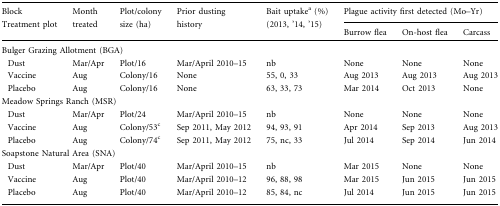
<table><thead><tr><td rowspan="2"><b>BlockTreatment plot</b></td><td rowspan="2"><b>Month treated</b></td><td rowspan="2"><b>Plot/colony size (ha)</b></td><td rowspan="2"><b>Prior dusting history</b></td><td rowspan="2"><b>Bait uptake<sup>a</sup> (%) (2013, ’14, ’15)</b></td><td colspan="3"><b>Plague activity first detected (Mo–Yr)</b></td></tr><tr><td><b>Burrow flea</b></td><td><b>On-host flea</b></td><td><b>Carcass</b></td></tr></thead><tbody><tr><td colspan="8">Bulger Grazing Allotment (BGA)</td></tr><tr><td> Dust</td><td>Mar/Apr</td><td>Plot/16</td><td>Mar/April 2010–15</td><td>nb</td><td>None</td><td>None</td><td>None</td></tr><tr><td> Vaccine</td><td>Aug</td><td>Colony/16</td><td>None</td><td>55, 0, 33</td><td>Aug 2013</td><td>Aug 2013</td><td>Aug 2013</td></tr><tr><td> Placebo</td><td>Aug</td><td>Colony/16</td><td>None</td><td>63, 33, 73</td><td>Mar 2014</td><td>Oct 2013</td><td>None</td></tr><tr><td colspan="8">Meadow Springs Ranch (MSR)</td></tr><tr><td> Dust</td><td>Mar/Apr</td><td>Plot/24</td><td>Mar/April 2010–15</td><td>nb</td><td>None</td><td>None</td><td>None</td></tr><tr><td> Vaccine</td><td>Aug</td><td>Colony/53<sup>c</sup></td><td>Sep 2011, May 2012</td><td>94, 93, 91</td><td>Apr 2014</td><td>Sep 2013</td><td>Aug 2013</td></tr><tr><td> Placebo</td><td>Aug</td><td>Colony/74<sup>c</sup></td><td>Sep 2011, May 2012</td><td>75, nc, 33</td><td>Jul 2014</td><td>Sep 2014</td><td>Jun 2014</td></tr><tr><td colspan="8">Soapstone Natural Area (SNA)</td></tr><tr><td> Dust</td><td>Mar/Apr</td><td>Plot/40</td><td>Mar/April 2010–15</td><td>nb</td><td>Mar 2015</td><td>None</td><td>None</td></tr><tr><td> Vaccine</td><td>Aug</td><td>Plot/40</td><td>Mar/April 2010–12</td><td>96, 88, 98</td><td>Mar 2015</td><td>Jun 2015</td><td>Jun 2015</td></tr><tr><td> Placebo</td><td>Aug</td><td>Plot/40</td><td>Mar/April 2010–12</td><td>85, 84, nc</td><td>Jul 2014</td><td>Jun 2015</td><td>Jun 2015</td></tr></tbody></table>